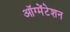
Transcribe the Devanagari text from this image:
ऑग्मेंटेशन